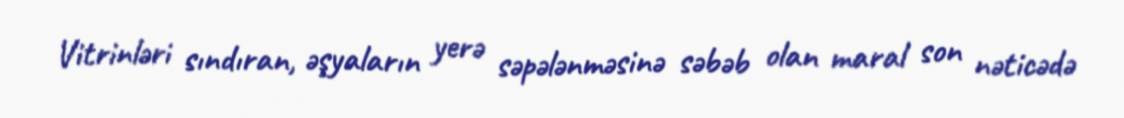
Vitrinləri sındıran, əşyaların yerə səpələnməsinə səbəb olan maral son nəticədə